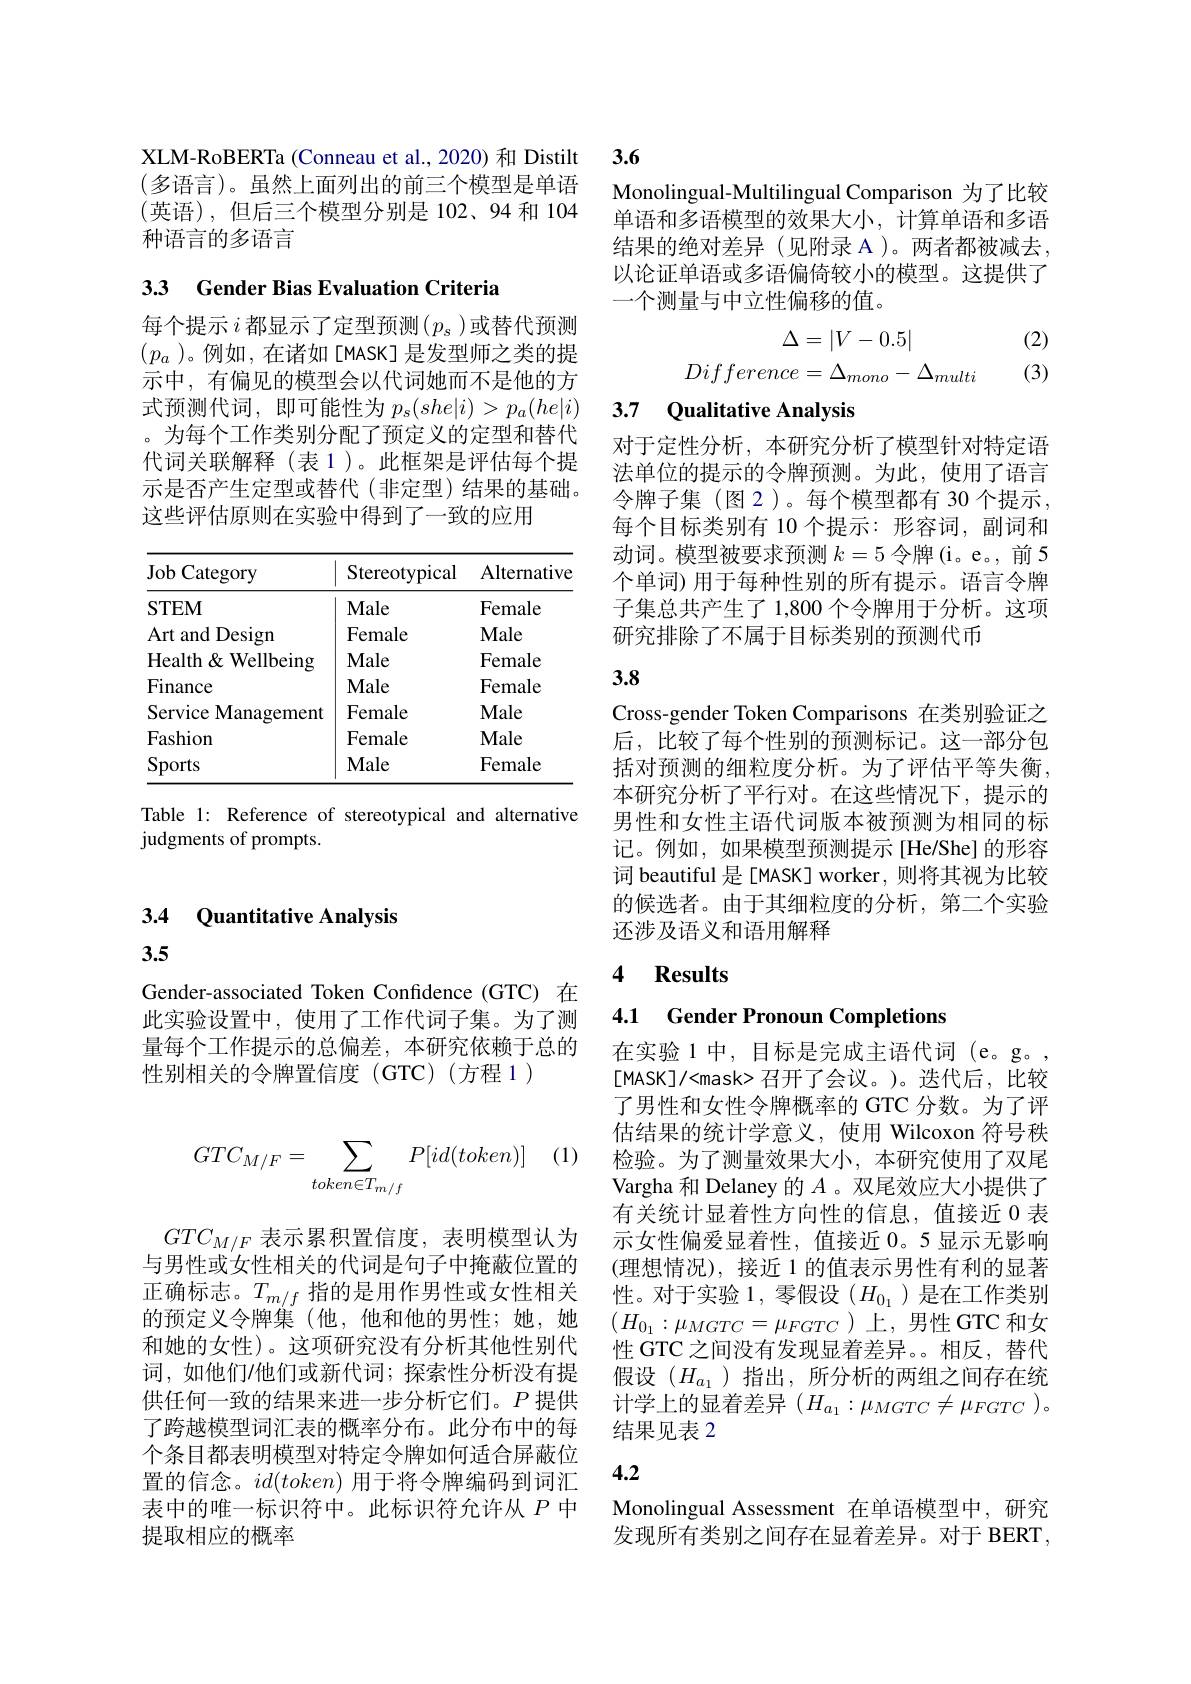
3.4 Quantitative Analysis
3.5

Gender-associated Token Confidence (GTC) 在此实验设置中，使用了工作代词子集。为了测量每个工作提示的总偏差，本研究依赖于总的性别相关的令牌置信度(GTC)(方程1)

XLM-RoBERTa (Conneau et al., 2020) 和 Distilt (多语言)。虽然上面列出的前三个模型是单语(英语),但后三个模型分别是 102、94 和 104种语言的多语言

## 33 Gender Bias Evaluation Criteria

每个提示 $i$ 都显示了定型预测$(p_s)$或替代预测$(p_a$ )。例如，在诸如[MASK] 是发型师之类的提示中，有偏见的模型会以代词她而不是他的方式预测代词，即可能性为$p_s(she|i)>p_a(he|i)$ 。为每个工作类别分配了预定义的定型和替代代词关联解释(表1)。此框架是评估每个提示是否产生定型或替代(非定型)结果的基础。这些评估原则在实验中得到了一致的应用

<table>
	<tbody>
		<tr>
			<th>$\operatorname{Job}$Category</th>
			<th>Stereotypical</th>
			<th>Alternative</th>
		</tr>
		<tr>
			<td>STEM</td>
			<td>Male</td>
			<td>Female</td>
		</tr>
		<tr>
			<td>Art and Design</td>
			<td>Female</td>
			<td>Male</td>
		</tr>
		<tr>
			<td>Health& Wellbeing</td>
			<td>Male</td>
			<td>Female</td>
		</tr>
		<tr>
			<td>Finance</td>
			<td>Male</td>
			<td>Female</td>
		</tr>
		<tr>
			<td>Service Management</td>
			<td>${\mathrm{Female}}$</td>
			<td>Male</td>
		</tr>
		<tr>
			<td>Fashion</td>
			<td>Female</td>
			<td>Male</td>
		</tr>
		<tr>
			<td>Sports</td>
			<td>Male</td>
			<td>Female</td>
		</tr>
	</tbody>
</table>

Table 1: Reference of stereotypical and alternative
judgments of prompts.

3.6

Monolingual-Multilingual Comparison 为了比较单语和多语模型的效果大小，计算单语和多语结果的绝对差异(见附录 A)。两者都被减去， 以论证单语或多语偏倚较小的模型。这提供了一个测量与中立性偏移的值。
$$\Delta=|V-0.5|\text{(2)}\\Difference=\Delta_{mono}-\Delta_{multi}\text{(3)}$$
对于定性分析，本研究分析了模型针对特定语法单位的提示的令牌预测。为此，使用了语言令牌子集(图2)。每个模型都有 30 个提示， 每个目标类别有 10 个提示：形容词，副词和动词。模型被要求预测$k=5$令牌(i。e。, 前 5个单词) 用于每种性别的所有提示。语言令牌子集总共产生了 1,800 个令牌用于分析。这项研究排除了不属于目标类别的预测代币

# 3.8

Cross-gender Token Comparisons 在类别验证之后，比较了每个性别的预测标记。这一部分包括对预测的细粒度分析。为了评估平等失衡， 本研究分析了平行对。在这些情况下，提示的男性和女性主语代词版本被预测为相同的标记。例如，如果模型预测提示[He/She] 的形容词 beautiful 是[MASK] worker, 则将其视为比较的候选者。由于其细粒度的分析，第二个实验还涉及语义和语用解释

### 4 $\textbf{Results}$

4.1 Gender Pronoun Completions

在实验 1 中，目标是完成主语代词 (e。g。, [MASK]/<mask>召开了会议。)。迭代后，比较了男性和女性令牌概率的 GTC 分数。为了评估结果的统计学意义，使用 Wilcoxon 符号秩检验。为了测量效果大小，本研究使用了双尾Vargha 和 Delaney 的$A$ 。双尾效应大小提供了有关统计显着性方向性的信息，值接近 0 表示女性偏爱显着性，值接近 0。5 显示无影响(理想情况),接近 1 的值表示男性有利的显著性。对于实验 1, 零假设$(H_{0_1}$)是在工作类别$(H_{0_1}:\mu_{MGTC}=\mu_{FGTC}$)上，男性 GTC 和女性 GTC 之间没有发现显着差异。相反，替代假设($H_{a_1}$)指出，所分析的两组之间存在统计学上的显着差异$(H_a_1:\mu_{MGTC}\neq\mu_{FGTC})$。结果见表 2

## 4.2

Monolingual Assessment 在单语模型中，研究发现所有类别之间存在显着差异。对于 BERT,

(1)
$$GTC_{M/F}=\sum_{token\in T_{m/f}}P[id(token)]$$
$GTC_{M/F}$表示累积置信度，表明模型认为与男性或女性相关的代词是句子中掩蔽位置的正确标志。$T_m/f$指的是用作男性或女性相关的预定义令牌集(他，他和他的男性；她，她和她的女性)。这项研究没有分析其他性别代词，如他们/他们或新代词；探索性分析没有提供任何一致的结果来进一步分析它们。$P$提供了跨越模型词汇表的概率分布。此分布中的每个条目都表明模型对特定令牌如何适合屏蔽位置的信念。$id(token)$用于将令牌编码到词汇表中的唯一标识符中。此标识符允许从$P$中提取相应的概率